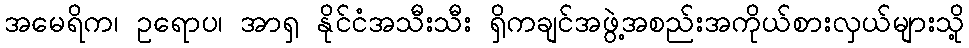
အမေရိက၊ ဥရောပ၊ အာရှ နိုင်ငံအသီးသီး ရှိကချင်အဖွဲ့အစည်းအကိုယ်စားလှယ်များသို့